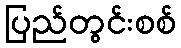
ပြည်တွင်းစစ်